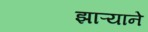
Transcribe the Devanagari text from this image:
झाऱ्याने